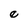
Character: e